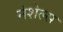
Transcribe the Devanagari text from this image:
नेशेल्स